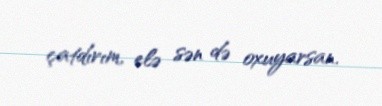
çatdırım, elə sən də oxuyarsan.